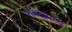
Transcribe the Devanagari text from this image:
शबदांमध्ये